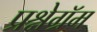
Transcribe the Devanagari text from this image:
प्रश्नेग्रॅम